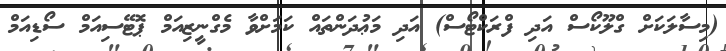
(މިސާލަކަށް ގްލޫކޯސް އަދި ފްރަކްޓޯސް) އަދި މަޢުދަންތައް ކަމަށްވާ މެގްނީޒިއަމް ޕޮޓޭސިއަމް ސޯޑިއަމް